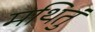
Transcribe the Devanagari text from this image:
मथितुं